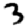
Digit: 3